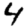
Digit: 4